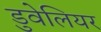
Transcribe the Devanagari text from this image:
डुवेलियर